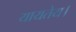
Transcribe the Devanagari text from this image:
यायतेय।